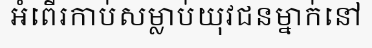
អំពើរកាប់សម្លាប់យុវជនម្នាក់នៅ